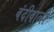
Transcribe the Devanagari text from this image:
बंदीवाली